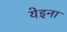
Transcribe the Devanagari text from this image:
येइना